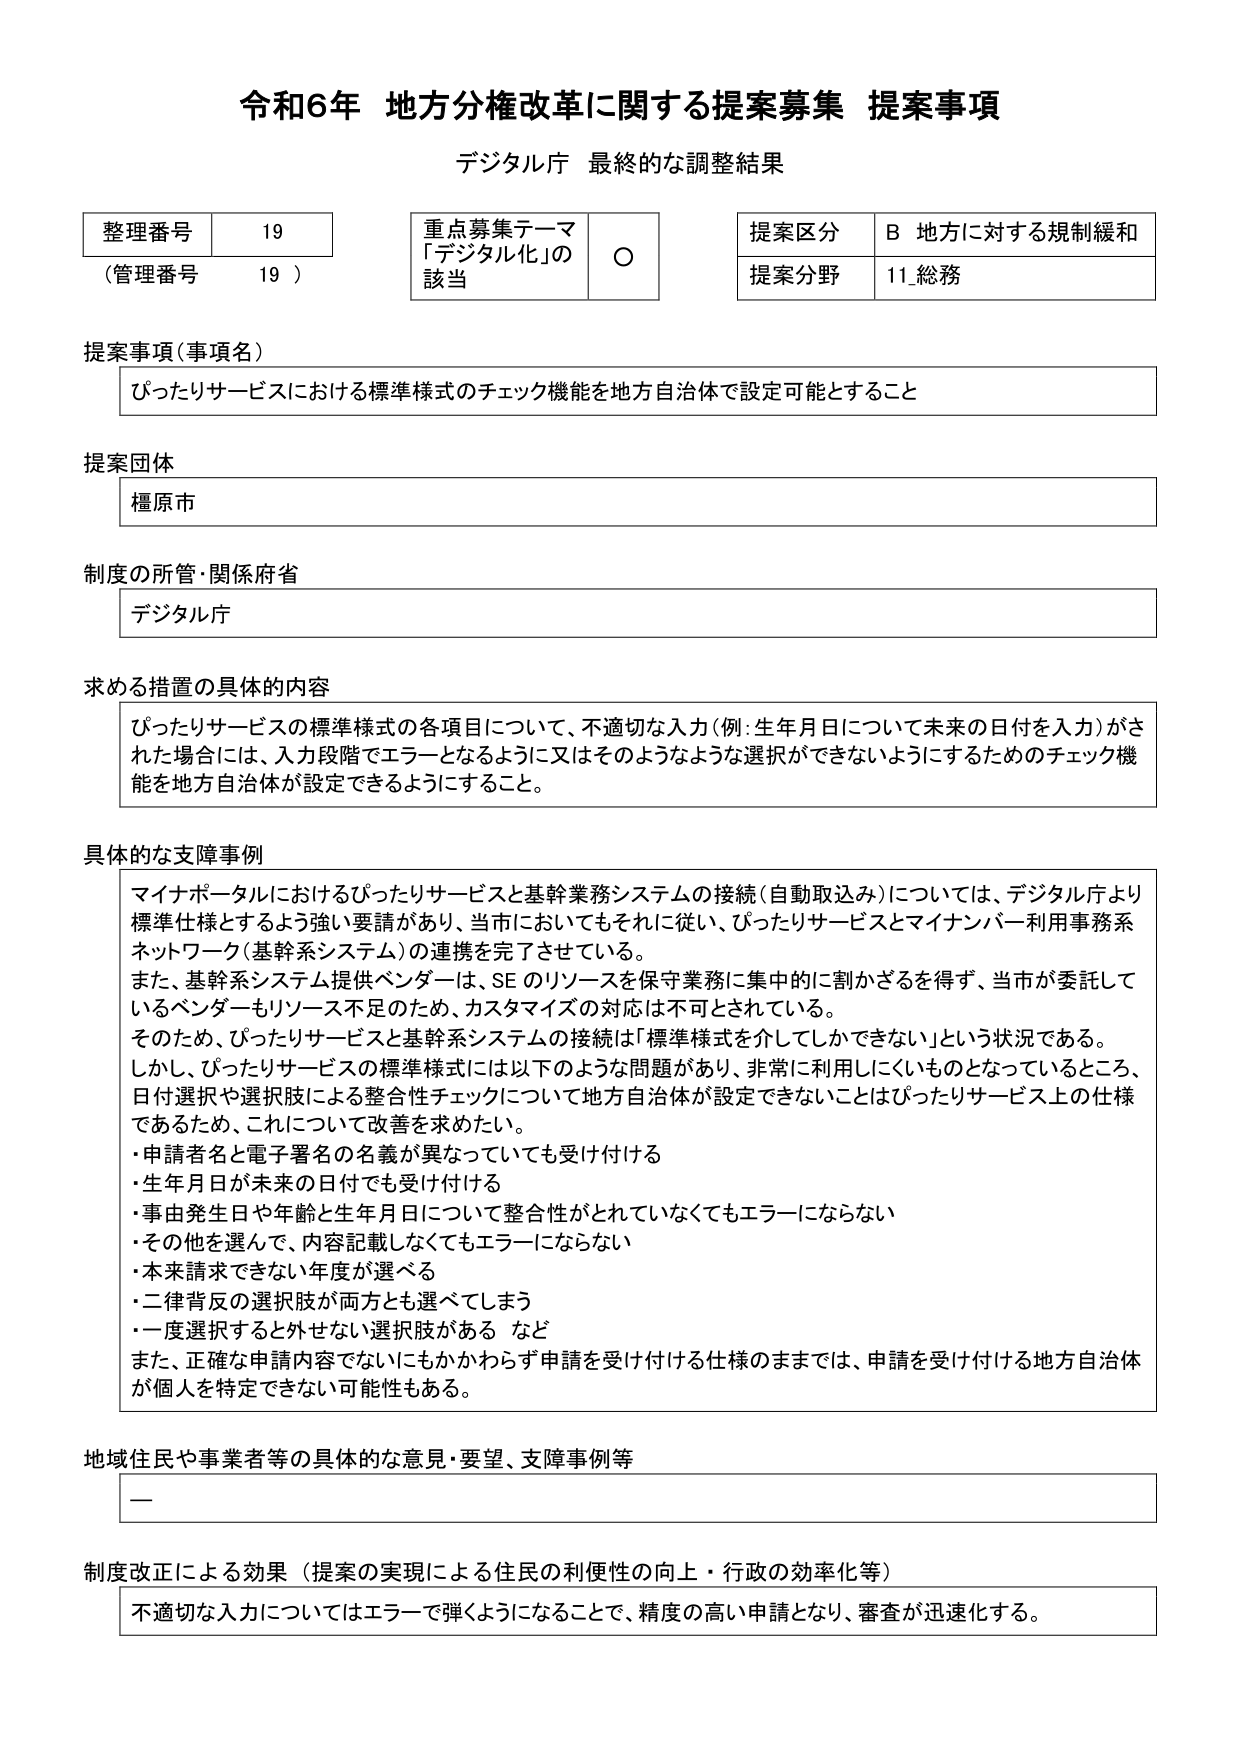
令和6年 地方分権改革に関する提案募集 提案事項
デジタル庁 最終的な調整結果

整理番号 19
（管理番号 19）

重点募集テーマ
「デジタル化」の
該当 ○

提案区分 B 地方に対する規制緩和
提案分野 11 総務

提案事項（事項名）
ぴったりサービスにおける標準様式のチェック機能を地方自治体で設定可能とすること

提案団体
橿原市

制度の所管・関係府省
デジタル庁

求める措置の具体的な内容
ぴったりサービスの標準様式の各項目について、不適切な入力（例：生年月日について未来の日付を入力）がされた場合には、入力段階でエラーとなるように又はそのようなような選択ができないようにするためのチェック機能を地方自治体が設定できるようにすること。

具体的な支障事例
マイナポータルにおけるぴったりサービスと基幹業務システムの接続（自動取込み）については、デジタル庁より標準仕様とするよう強い要請があり、当市においてもそれに従い、ぴったりサービスとマイナンバー利用事務系ネットワーク（基幹系システム）の連携を完了させている。
また、基幹系システム提供ベンダーは、SEのリソースを保守業務に集中的に割かざるを得ず、当市が委託しているベンダーもリソース不足のため、カスタマイズの対応は不可とされている。
そのため、ぴったりサービスと基幹系システムの接続は「標準様式を介してしかできない」という状況である。
しかし、ぴったりサービスの標準様式には以下のような問題があり、非常に利用しにくいものとなっているところ、日付選択や選択肢による整合性チェックについて地方自治体が設定できないことはぴったりサービス上の仕様であるため、これについて改善を求めたい。
・申請者名と電子署名の名義が異なっていても受け付ける
・生年月日が未来の日付でも受け付ける
・事由発生日や年齢と生年月日について整合性がとれていてもエラーにならない
・その他を選んで、内容記載しなくてもエラーにならない
・本来請求できない年度が選べる
・二律背反の選択肢が両方とも選べてしまう
・一度選択すると外せない選択肢がある など
また、正確な申請内容でないにもかかわらず申請を受け付ける仕様のままでは、申請を受け付ける地方自治体が個人を特定できない可能性もある。

地域住民や事業者等の具体的な意見・要望、支障事例等
—

制度改正による効果（提案の実現による住民の利便性の向上・行政の効率化等）
不適切な入力についてはエラーで弾くようになることで、精度の高い申請となり、審査が迅速化する。